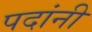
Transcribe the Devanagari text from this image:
पदांनी